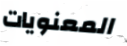
المعنويات